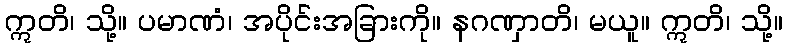
ဣတိ၊ သို့။ ပမာဏံ၊ အပိုင်းအခြားကို။ နဂဏှာတိ၊ မယူ။ ဣတိ၊ သို့။